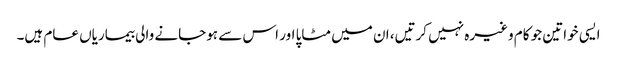
ایسی خواتین جو کام وغیرہ نہیں کرتیں، ان میں مٹاپا اور اس سے ہوجانے والی بیماریاں عام ہیں۔